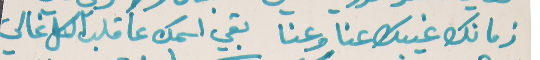
زمانك غيبك عنا وعنا   بقي اسمك عا قلب الكل غالي